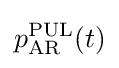
p_{\mathrm {AR} }^{\mathrm {PUL} }(t)